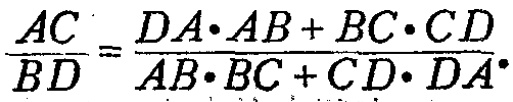
\(\frac{AC}{BD}=\frac{DA\cdot AB + BC\cdot CD}{AB\cdot BC + CD\cdot DA}\)